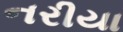
નરીયા